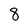
Character: 8